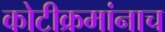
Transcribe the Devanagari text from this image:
कोटीक्रमांनाच